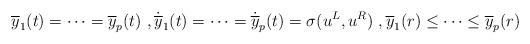
LaTeX: \begin{align*}\overline{y}_{1}(t)=\dots=\overline{y}_{p}(t)\ ,\dot{\overline{y}}_{1}(t)=\dots=\dot{\overline{y}}_{p}(t)=\sigma(u^{L},u^{R})\ ,\overline{y}_{1}(r)\leq \dots\leq \overline{y}_{p}(r)\end{align*}